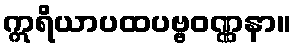
ဣရိယာပထပဗ္ဗဝဏ္ဏနာ။